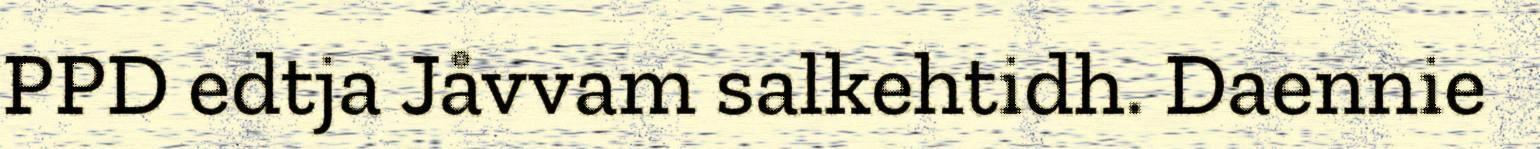
PPD edtja Jåvvam salkehtidh. Daennie